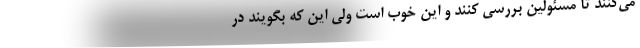
می‌کنند تا مسئولین بررسی کنند و این خوب است ولی این که بگویند در